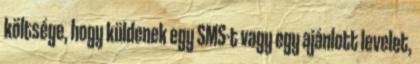
költsége, hogy küldenek egy SMS-t vagy egy ajánlott levelet,